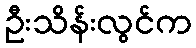
ဦးသိန်းလွင်က